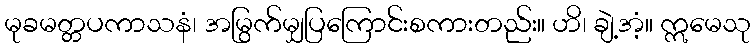
မုခမတ္တပကာသနံ၊ အမြွက်မျှပြကြောင်းစကားတည်း။ ဟိ၊ ချဲ့အံ့။ ဣမေသု